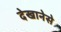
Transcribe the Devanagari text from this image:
देखानेसे